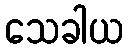
သေခါယ